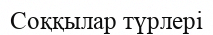
Соққылар түрлері